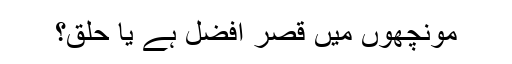
مونچھوں میں قصر افضل ہے یا حلق؟